Medical and sanitary report of the native army of Bengal for the year
Year: 1876
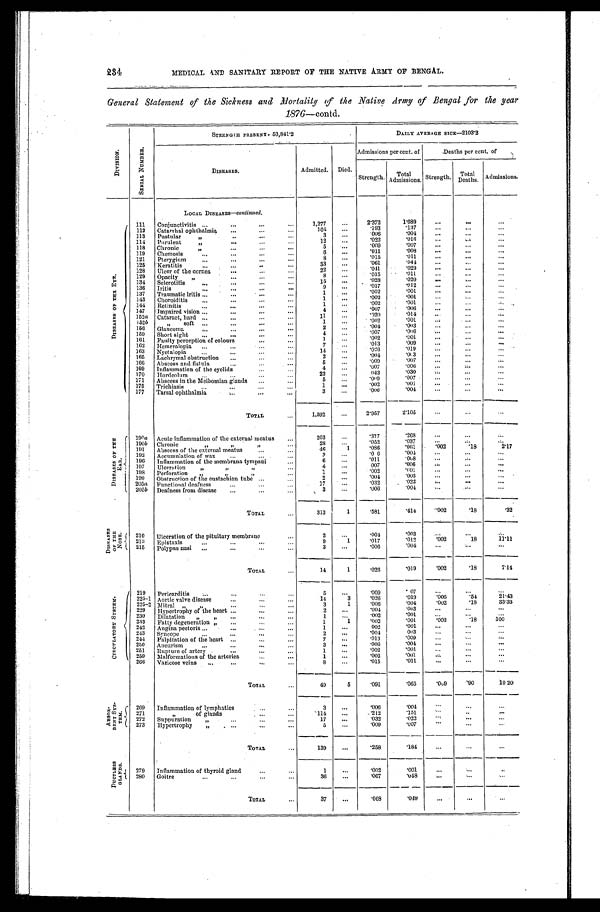
MEDICAL AND SANITARY REPORT OF THE NATIVE ARMY OF BENGAL.
General Statement of the Sickness and Mortality of the Native Army of Bengal for the year
1876—contd.
D I V I S I O N .
S E R I A L N U M B E R .
STRENGTH PRESENT—53,841.2
DAI LY AVERAGE SI CK—2103. 2
DISEASES.
Admitted. Died.
Admissions per cent. of
Deaths per cent, of
Strength Total
Admissions. Strength. Total
Deaths. Admissions.
LOCAL DISEASES—c o n t i n u e d .
D I S E A S E S O F T H E E Y E .
111 Conjunctivitis . . .
1,277
. . .
2.372
1.689
. . .
.
. .
. . .
112 Catarrhal ophthalmia
. . .
104
. . .
. 1 9 3
. 1 3 7
. . .
. . .
. . .
113 Pustular
3
. . .
. 0 0 6
. 0 0 4 . . .
. . .
. . .
114 Purulent
12
. . .
.022
. 0 1 6 ...
. . . ...
118 Chronic
5
...
.009
. 0 0 7 . . .
. . .
. . .
119 Chemosis
6
. . .
.011
. 0 0 8 . . .
. . .
. . .
121 Pterygium ...
8
...
.015
. 0 1 1 . . .
. . .
. . .
125 Keratitis
...
33
...
.061
. 0 4 4 . . .
. . .
. . .
128 Ulcer of the cornea
22
. . .
.041
. 0 2 9...
. . . ...
129 Opacity "
8
. . .
.015
. 0 1 1 ...
. . . ...
134 Sclerotitis
15
...
.028
. 0 2 0 ...
. . .
. . .
136 Iritis
9
. . . .017
. 0 1 2 ...
. . . ...
137 Traumatic iritis
1
. . .
.002
. 0 0 1 ...
. . . ...
143 Choroiditis
1
. . .
.002
. 0 0 1 . . .
. . .
. . .
144 Retinitis
1
...
. 0 0 2
. 0 0 1 . . .
. . . ...
147 Impaired vision
4
...
.007
. 0 0 6 . . .
. . . ...
152a Cataract, hard
11
. . .
. 0 2 0
. 0 1 4 ...
. . . ...
152b
,, soft
1
...
.002
. 0 0 1...
. . . ...
156 Glaucoma
2
. . .
.004
. 003 ...
. . .
. . .
159 Short sight
. . .
4
. . .
.007
. 0 0 6
. . .
. . . ...
161 Faulty perception of colours
1
. . .
. 0 0 2
. 0 0 1 ...
. . . ...
162 Hemeralopia
. . .
7
...
.013
. 0 0 9 ...
. . .
. . .
163 Nyctalopia
. . .
14
. . .
.026
. 0 1 9 ...
. . . ...
165 Lachrymal obstruction
2
...
.004
. 003
. . .
. . .
. . .
166 Abscess and fistula
5
. . .
.009
. 0 0 7 ...
. . . ...
169 Inflammation of the eyelids
4
. . .
.007
. 0 0
6
. . .
. . .
. . .
170 Hordeolum
23
. . .
. 0 4 3
. 0 3 0 ...
. . .
. . .
171 Abscess in the Meibomian glands ...
5
. . .
. 0 0
9
. 0 0 7
. . .
. . . ...
175 Trichiasis
1
. . .
.002
. 0 0 1 . . .
. . .
. . .
177 Tarsal ophthalmia
- . . .
. . .
3
. . .
.006
. 0 0 4 . . .
. . .
. . .
TOTAL
. . .
1,592
. . .
2.957
2. 105
. . .
. . .
. . .
D I S E A S E S O F T H E E A R .
190a Acute inflammation of the external meatus
. . .
203
. . .
.377
. 2 6 8 . . .
. . .
. . .
190b Chronic
„
28
. . .
.052
. 0 3 7 . . . .
0 0 2 .18
. . .
2 . 1 7
191 Abscess of the external meatus
. . .
. . .
46
1
.086
. 0 6 1 ...
. . .
. . .
192 Accumulation of wax
...
. . .
3
. . .
. 0 6
. 004
. . .
. . .
. . .
196
. . . .
Inflammation of the membrana tympani
. . .
6
. . .
.011
. 0 0 8 . . .
. . . .
. . .
197 Ulceration
"
"
4
. . .
007
. 0 0 6 . . .
. . .
. . .
198 Perforation „
. . .
1
. . .
.002
. 0 0 1 . . .
. . .
. . .
199 Obstruction of the eustachian tube ...
. . .
2
. . .
.004
. 0 0 3 . . .
. . . ...
205a Functional deafness
...
17
. . .
.032
. 0 2 2 . . .
. . .
. . .
205b Deafness from disease ...
. . .
. . .
3
. . .
. 0 0 6
. 0 0 4 . . .
. . .
. . .
TOTAL
. . .
313
1
.581
. 4 1 4 . 0 0 2
.18
.32
D I S E A S E S O F T H E N O N S E . 210 Ulceration of the pituitary membrane
. . .
2
. . .
.004
. 0 0 3 . . .
. . .
. . . .
213 Epistaxis
. . .
. . .
. . .
. . .
9
1
.017
. 0 1 2
.002
1 8
11.1
1
215 Polypus nasi
. . .
. . .
. . .
3
. . .
.006
. 0 0 4 . . .
. . .
. . .
TOTAL
. . .
14
1
.026
. 0 1 9 . 0 0 2
.18
7 . 1 4
C I R C U L A T I O R Y S Y S T E M .
219 Pericarditis
. . .
. . .
. . .
5
. . .
.009
. 0 7 . . .
. . .
. . .
225-1 Aortic valve disease
. . .
14
3
.026
. 0 1 9 . 0 0 6
.54
2 1 . 4 3
225-2 Mitral ,,
. . .
. . .
3
1
.006
. 0 0 4 . 0 0 2
.18 33.33
229 Hypertrophy of the heart
. . .
. . .
2
...
.004
. 0 0 3 . . .
. . .
. . .
230 Dilatation ,,
. . .
"
1
. . .
.002
. 0 0 1 ...
. . . ...
233 Fatty degeneration „
. . .
."
1
1
.002
. 0 0 1 . 0 0 2
.18
. 1 0 0
242 Angina pectoris
. . .
.
. . .
. . .
1
. . .
. 0 0 2
. 0 0 1 . . .
. . .
. . .
243 Syncope
. . .
2
. . .
.004
003
...
. . . ...
244 Palpitation of the heart ...
. . .
. . .
7
. . .
.013
. 0 0 9 . . .
. . . ...
250 Aneurism
...
. . .
. . .
3
. . .
.006
. 0 0 4 ...
. . .
. . . .
251 Rupture of artery
. . .
. . .
. . .
1
. . .
.002
. 0 0 1 . . .
. . . ...
259 Malformations of the arteries
. . .
. . .
1 ...
.002
. 0 0 1...
. . .
. . .
266 Varicose veins ...
. . .
. . .
8
. . .
.015
. 0 1 1 . . .
. . . ...
TOTAL
...
49
5
.091
. 0 6 5 . 0 0 9 .90
10 20
A B S O R D E N T S Y S T E M 269
.
Inflammation of lymphatics
. . .
. . .
3
. . .
.006
. 0 0 4 . . .
. . . ...
271
" of glands
. . .
. . .
114
. . .
.212
. 1 5 1 ...
. . .
. . .
272 Suppuration „
. . .
. . .
. . .
17
. . .
.032
. 0 2 2 . . .
. . . ...
273 Hypertrophy ,, . . . .
. . .
. . .
5
. . .
.009
. 0 0 7 . . .
. . .
. . .
TOTAL
. . .
139
. . .
.258
. 1 8 4 . . .
. . .
. . .
D U C T L E S S G L A N D S .
279 Inflammation of thyroid gland
. . .
. . .
1
. . .
. 0 0 2
. 0 0 1 ...
. . . .
. . .
280 Goitre
. . .
. . .
. . .
. . .
36
. . .
.007
. 0 4 8
. . .
. . .
...
TOTAL
. . .
37
. . .
.068
. 0 4 9 . . .
. . . ...
234